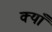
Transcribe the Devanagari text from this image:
क्याँ